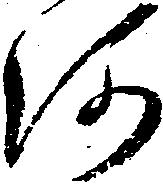
河